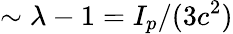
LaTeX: \sim\lambda-1=I_{p}/(3c^{2})